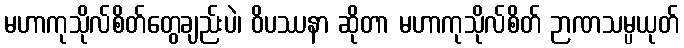
မဟာကုသိုလ်စိတ်တွေချည်းပဲ၊ ဝိပဿနာ ဆိုတာ မဟာကုသိုလ်စိတ် ဉာဏသမ္ပယုတ်